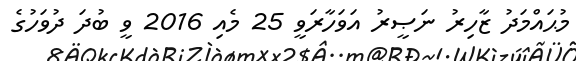
މުޙައްމަދު ޒާހިރު ނަޞީރު އަވަހާރަވީ 25 މެއި 2016 ވީ ބުދަ ދުވަހުގެ